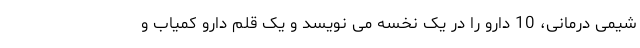
شیمی درمانی، 10 دارو را در یک نخسه می نویسد و یک قلم دارو کمیاب و